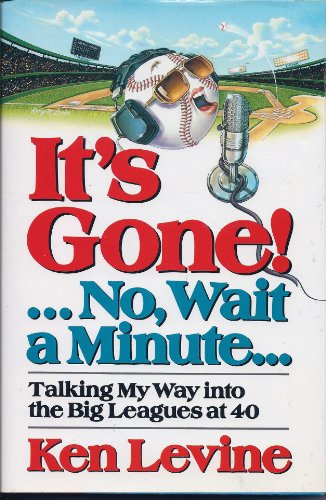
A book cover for It's Gone!... No, Wait a Minute . .: Talking My Way into the Big Leagues at 40; Ken Levine; Sports & Outdoors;